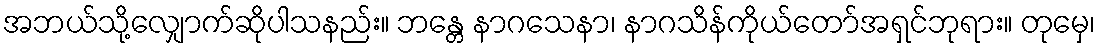
အဘယ်သို့လျှောက်ဆိုပါသနည်း။ ဘန္တေ နာဂသေနာ၊ နာဂသိန်ကိုယ်တော်အရှင်ဘုရား။ တုမှေ၊